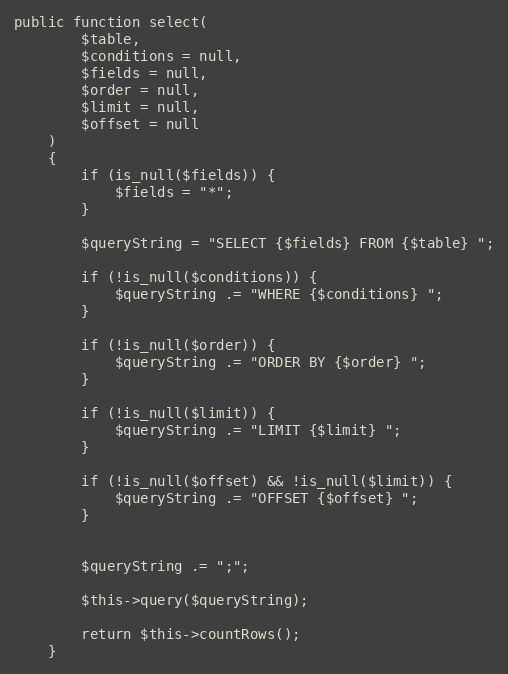
Language: PHP
public function select(
        $table,
        $conditions = null,
        $fields = null,
        $order = null,
        $limit = null,
        $offset = null
    )
    {
        if (is_null($fields)) {
            $fields = "*";
        }

        $queryString = "SELECT {$fields} FROM {$table} ";

        if (!is_null($conditions)) {
            $queryString .= "WHERE {$conditions} ";
        }

        if (!is_null($order)) {
            $queryString .= "ORDER BY {$order} ";
        }

        if (!is_null($limit)) {
            $queryString .= "LIMIT {$limit} ";
        }

        if (!is_null($offset) && !is_null($limit)) {
            $queryString .= "OFFSET {$offset} ";
        }

        $queryString .= ";";

        $this->query($queryString);

        return $this->countRows();
    }